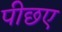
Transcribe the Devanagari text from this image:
पीछए